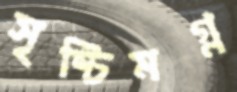
সৃষ্টিমগ্ন